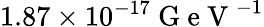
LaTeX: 1.87\times 10^{-17}\mathrm{~G~e~V~}^{-1}